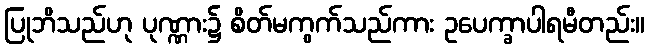
ပြုဘိသည်ဟု ပုဏ္ဏား၌ စိတ်မကွက်သည်ကား ဥပေက္ခာပါရမီတည်း။